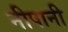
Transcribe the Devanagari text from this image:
नीपानी